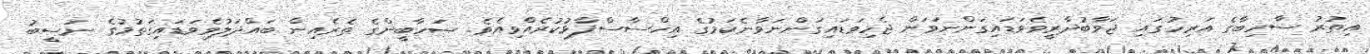
އިތުރު ސާހިބާގެ އަރިހުގައި ޖަވާބުދާރީވެވަޑައިގަންނަވަން ޖެހިވަޑައިގަންނަވާނެކަމުގެ އިހްސާސްފާޅުކުރެއްވިއެވެ. ޞަހާބީންގެ ތެރެއިން ބައްދަލުވެވަޑައިގަތުމުގެ ނަސީބު